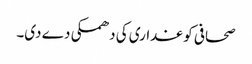
صحافی کو غداری کی دھمکی دے دی۔